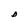
Character: D